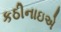
કઠીનાઇએ